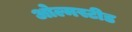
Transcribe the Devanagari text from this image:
ओल्मस्टीड